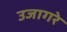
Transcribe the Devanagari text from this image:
उजागरे